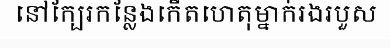
នៅក្បែរកន្លែងកើតហេតុម្នាក់រងរបួស